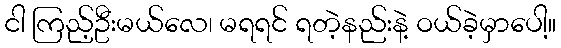
ငါ ကြည့်ဦးမယ်လေ၊ မရရင် ရတဲ့နည်းနဲ့ ဝယ်ခဲ့မှာပေါ့။